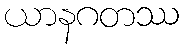
ယာနဂတဿ